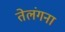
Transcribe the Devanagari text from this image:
तेलंगना